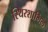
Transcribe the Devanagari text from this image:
स्थिरशामिल